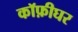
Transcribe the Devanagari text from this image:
कॉफ़ीघर